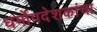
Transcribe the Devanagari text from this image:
धर्मोपदेशकांचा